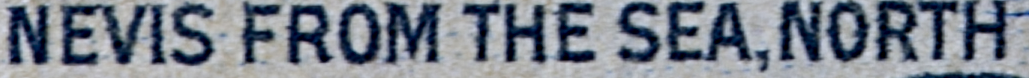
NEVIS FROM THE SEA,NORTH